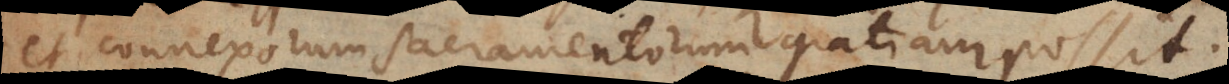
et connexorum Sacramentorum gratiam possit.